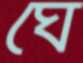
ঘে